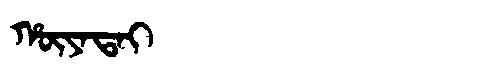
Manchu: ᡥᡡᠶᠠᡨᠠᡳ
Romanization: HŪYATAI